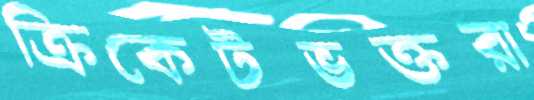
ক্রিকেটভক্তরা